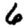
Digit: 6